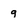
Character: 9